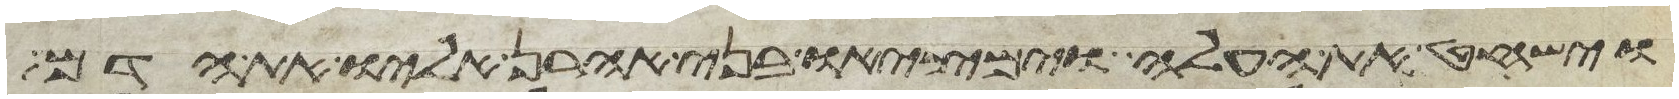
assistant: וישחט את העלה וימציאו בני אהרן אליו את הדם